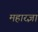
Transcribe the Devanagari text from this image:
महारज्ञा